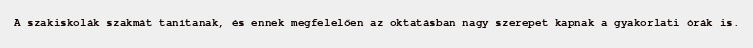
A szakiskolák szakmát tanítanak, és ennek megfelelően az oktatásban nagy szerepet kapnak a gyakorlati órák is.